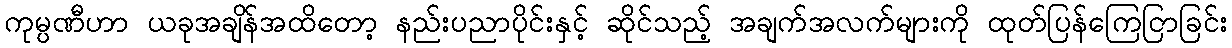
ကုမ္ပဏီဟာ ယခုအချိန်အထိတော့ နည်းပညာပိုင်းနှင့် ဆိုင်သည့် အချက်အလက်များကို ထုတ်ပြန်ကြေငြာခြင်း